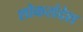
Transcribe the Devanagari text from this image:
शोकसंदेश